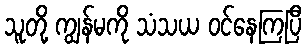
သူတို့ ကျွန်မကို သံသယ ဝင်နေကြပြီ